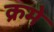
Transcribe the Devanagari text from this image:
क्रमे